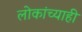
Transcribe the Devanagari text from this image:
लोकांच्याही